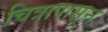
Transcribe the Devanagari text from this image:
चित्रापासून